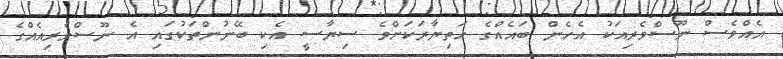
އެއްވެސް ނޫސްވެރިއަކު އެހެން ބައެއްގެ ހަތިޔާރަކަށްވެ ސިޔާސީ އެކި ބޭނުންތަކުގައި އެ ނޫސްވެރިއެއްގެ